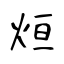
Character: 烜